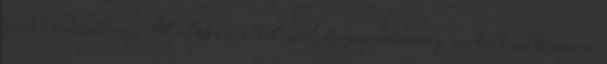
lerokkantosítani. Általában a két szélsőséges vélemény szokott ütközni a